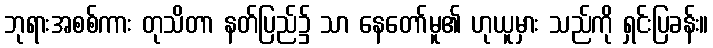
ဘုရားအစစ်ကား တုသိတာ နတ်ပြည်၌ သာ နေတော်မူ၏ ဟုယူမှား သည်ကို ရှင်းပြခန်း။